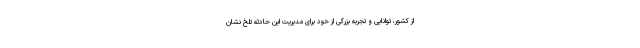
از کشور، توانایی و تجربه بزرگی از خود برای مدیریت این حادثه تلخ نشان